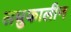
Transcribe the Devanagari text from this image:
लघुकालीन